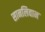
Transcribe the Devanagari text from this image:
सानलिवान